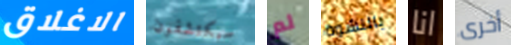
الاغلاق سيكتشفون لم بالنشوة انا أخرى